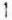
1